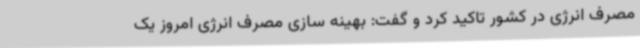
مصرف انرژی در کشور تاکید کرد و گفت: بهینه سازی مصرف انرژی امروز یک